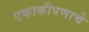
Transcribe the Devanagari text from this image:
एकाकीपणाचे